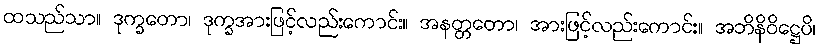
ထသည်သာ။ ဒုက္ခတော၊ ဒုက္ခအားဖြင့်လည်းကောင်း။ အနတ္တတော၊ အားဖြင့်လည်းကောင်း။ အဘိနိဝိဋ္ဌေပိ၊